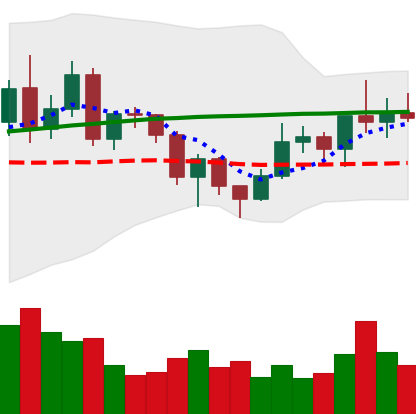
Ticker: NEO-USD
Chart end date: 2020-12-19
Forward return: -14.455%
Label: down_7plus